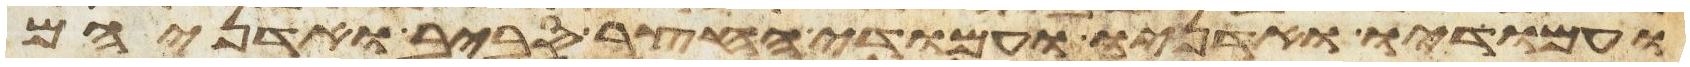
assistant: ועמודיו ואדניו ועמודי החצר סביב ואדניהם